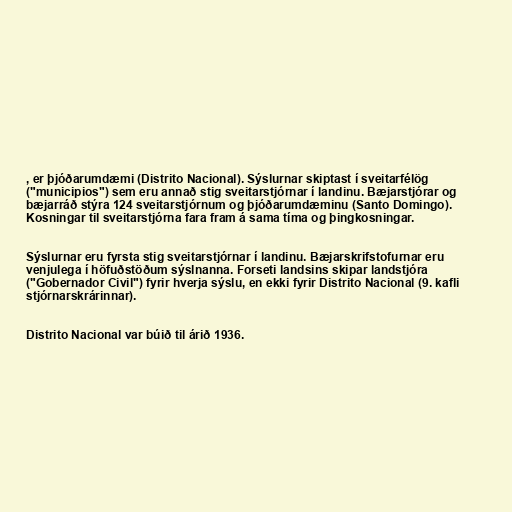
, er þjóðarumdæmi (Distrito Nacional). Sýslurnar skiptast í sveitarfélög
("municipios") sem eru annað stig sveitarstjórnar í landinu. Bæjarstjórar og
bæjarráð stýra 124 sveitarstjórnum og þjóðarumdæminu (Santo Domingo).
Kosningar til sveitarstjórna fara fram á sama tíma og þingkosningar.

Sýslurnar eru fyrsta stig sveitarstjórnar í landinu. Bæjarskrifstofurnar eru
venjulega í höfuðstöðum sýslnanna. Forseti landsins skipar landstjóra
("Gobernador Civil") fyrir hverja sýslu, en ekki fyrir Distrito Nacional (9. kafli
stjórnarskrárinnar).

Distrito Nacional var búið til árið 1936.